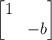
LaTeX: \begin{align*} \begin{bmatrix}1\\ & -b\end{bmatrix}\end{align*}